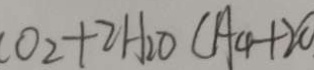
0 _ { 2 } + 2 H _ { 2 } O ( A 4 + 2 O